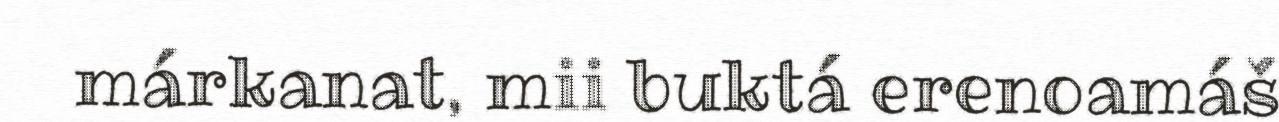
márkanat, mii buktá erenoamáš